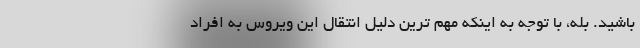
باشید. بله، با توجه به اینکه مهم ترین دلیل انتقال این ویروس به افراد